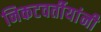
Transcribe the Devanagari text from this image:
निकटवर्तीयांनी